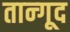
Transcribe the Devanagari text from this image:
तान्गूद